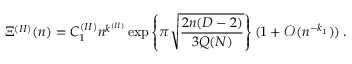
\Xi ^ { ( I I ) } ( n ) = C _ { 1 } ^ { ( I I ) } n ^ { k ^ { ( I I ) } } \exp \left\{ \pi \sqrt { \frac { 2 n ( D - 2 ) } { 3 Q ( N ) } } \right\} ( 1 + { \mathcal O } ( n ^ { - k _ { 1 } } ) ) \, \mathrm { . }